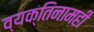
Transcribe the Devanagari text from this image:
व्यक्तिनामही